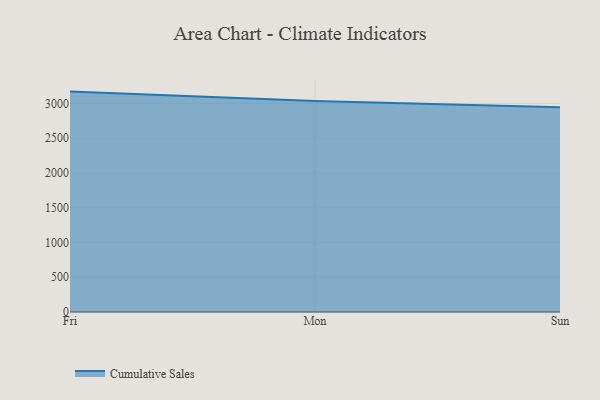
{"axis": {"x": "Day", "y": "Active Users"}, "legend": ["Cumulative Sales"], "data": [{"x": "Fri", "y": 3169.0, "type": "Cumulative Sales"}, {"x": "Mon", "y": 3033.6, "type": "Cumulative Sales"}, {"x": "Sun", "y": 2945.1, "type": "Cumulative Sales"}]}